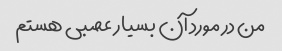
من در مورد آن بسیار عصبی هستم